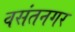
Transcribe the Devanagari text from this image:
वसंतनगर